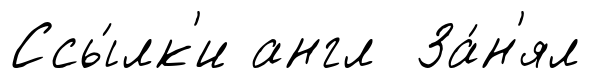
Ссы́лк'и англ За́н'ял